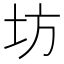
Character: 坊